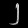
Digit: ၂